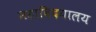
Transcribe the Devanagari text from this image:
महाविदयालय